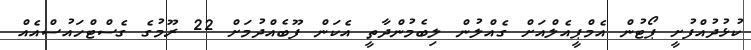
ކުޅުދުއްފުށީ ޕޯޓުން އެމްޕީއެލްއަށް ގެއްލުން ލިބެމުންދާތީ އެކަން ފޫބެއްދުމަށް 22 ރޫމުގެ ގެސްޓްހައުސްއެއް